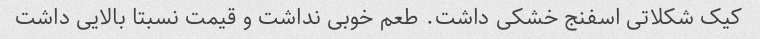
کیک شکلاتی اسفنج خشکی داشت. طعم خوبی نداشت و قیمت نسبتا بالایی داشت